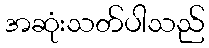
အဆုံးသတ်ပါသည်